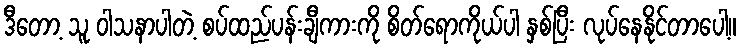
ဒီတော့ သူ ဝါသနာပါတဲ့ စပ်ထည်ပန်းချီကားကို စိတ်ရောကိုယ်ပါ နှစ်ပြီး လုပ်နေနိုင်တာပေါ့။